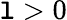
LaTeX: \mathtt{l}>0